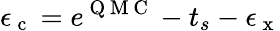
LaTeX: \epsilon_{\mathrm{~c~}}=e^{\mathrm{~Q~M~C~}}-t_{s}-\epsilon_{\mathrm{~x~}}